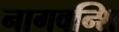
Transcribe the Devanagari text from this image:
नागवन्शि